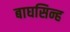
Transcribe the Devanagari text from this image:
बाघसिन्ह